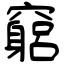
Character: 竆